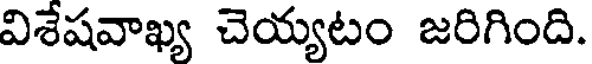
విశేషవాఖ్య చెయ్యటం జరిగింది.